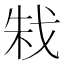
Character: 㦵